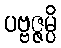
ပဗ္ဗဇ္ဇမ္ပိ